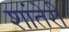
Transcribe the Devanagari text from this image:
शांतेरी